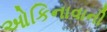
ઓકિનાવાની